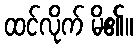
ထင်လိုက် မိ၏။